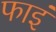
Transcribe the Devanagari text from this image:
फाइं